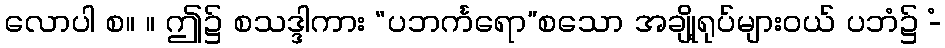
လောပါ စ။ ။ ဤ၌ စသဒ္ဒါကား “ပဘင်္ကရော”စသော အချို့ရုပ်များဝယ် ပဘံ၌ -ံ